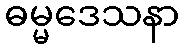
ဓမ္မဒေသနာ